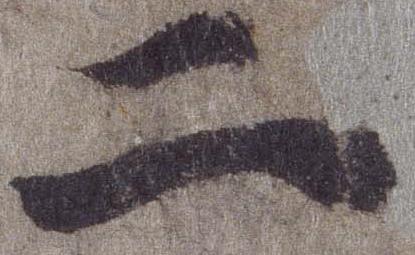
二